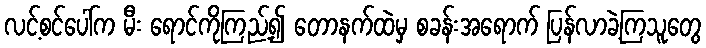
လင့်စင်ပေါ်က မီး ရောင်ကိုကြည့်၍ တောနက်ထဲမှ စခန်းအရောက် ပြန်လာခဲ့ကြသူတွေ